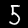
Label: 5